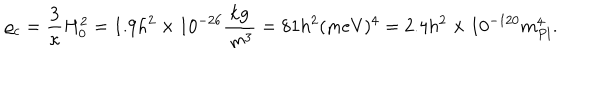
\varrho _ { c } = \frac { 3 } { \kappa } H _ { 0 } ^ { 2 } = 1 . 9 h ^ { 2 } \times 1 0 ^ { - 2 6 } \frac { \mathrm { k g } } { \, \mathrm { m } ^ { 3 } } = 8 1 h ^ { 2 } ( \mathrm { m e V } ) ^ { 4 } = 2 . 4 h ^ { 2 } \times 1 0 ^ { - 1 2 0 } m _ { P l } ^ { 4 } .